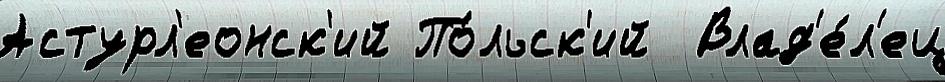
Астурл'еонск'ий По́льск'ий  Влад'е́л'ец